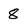
Character: 8